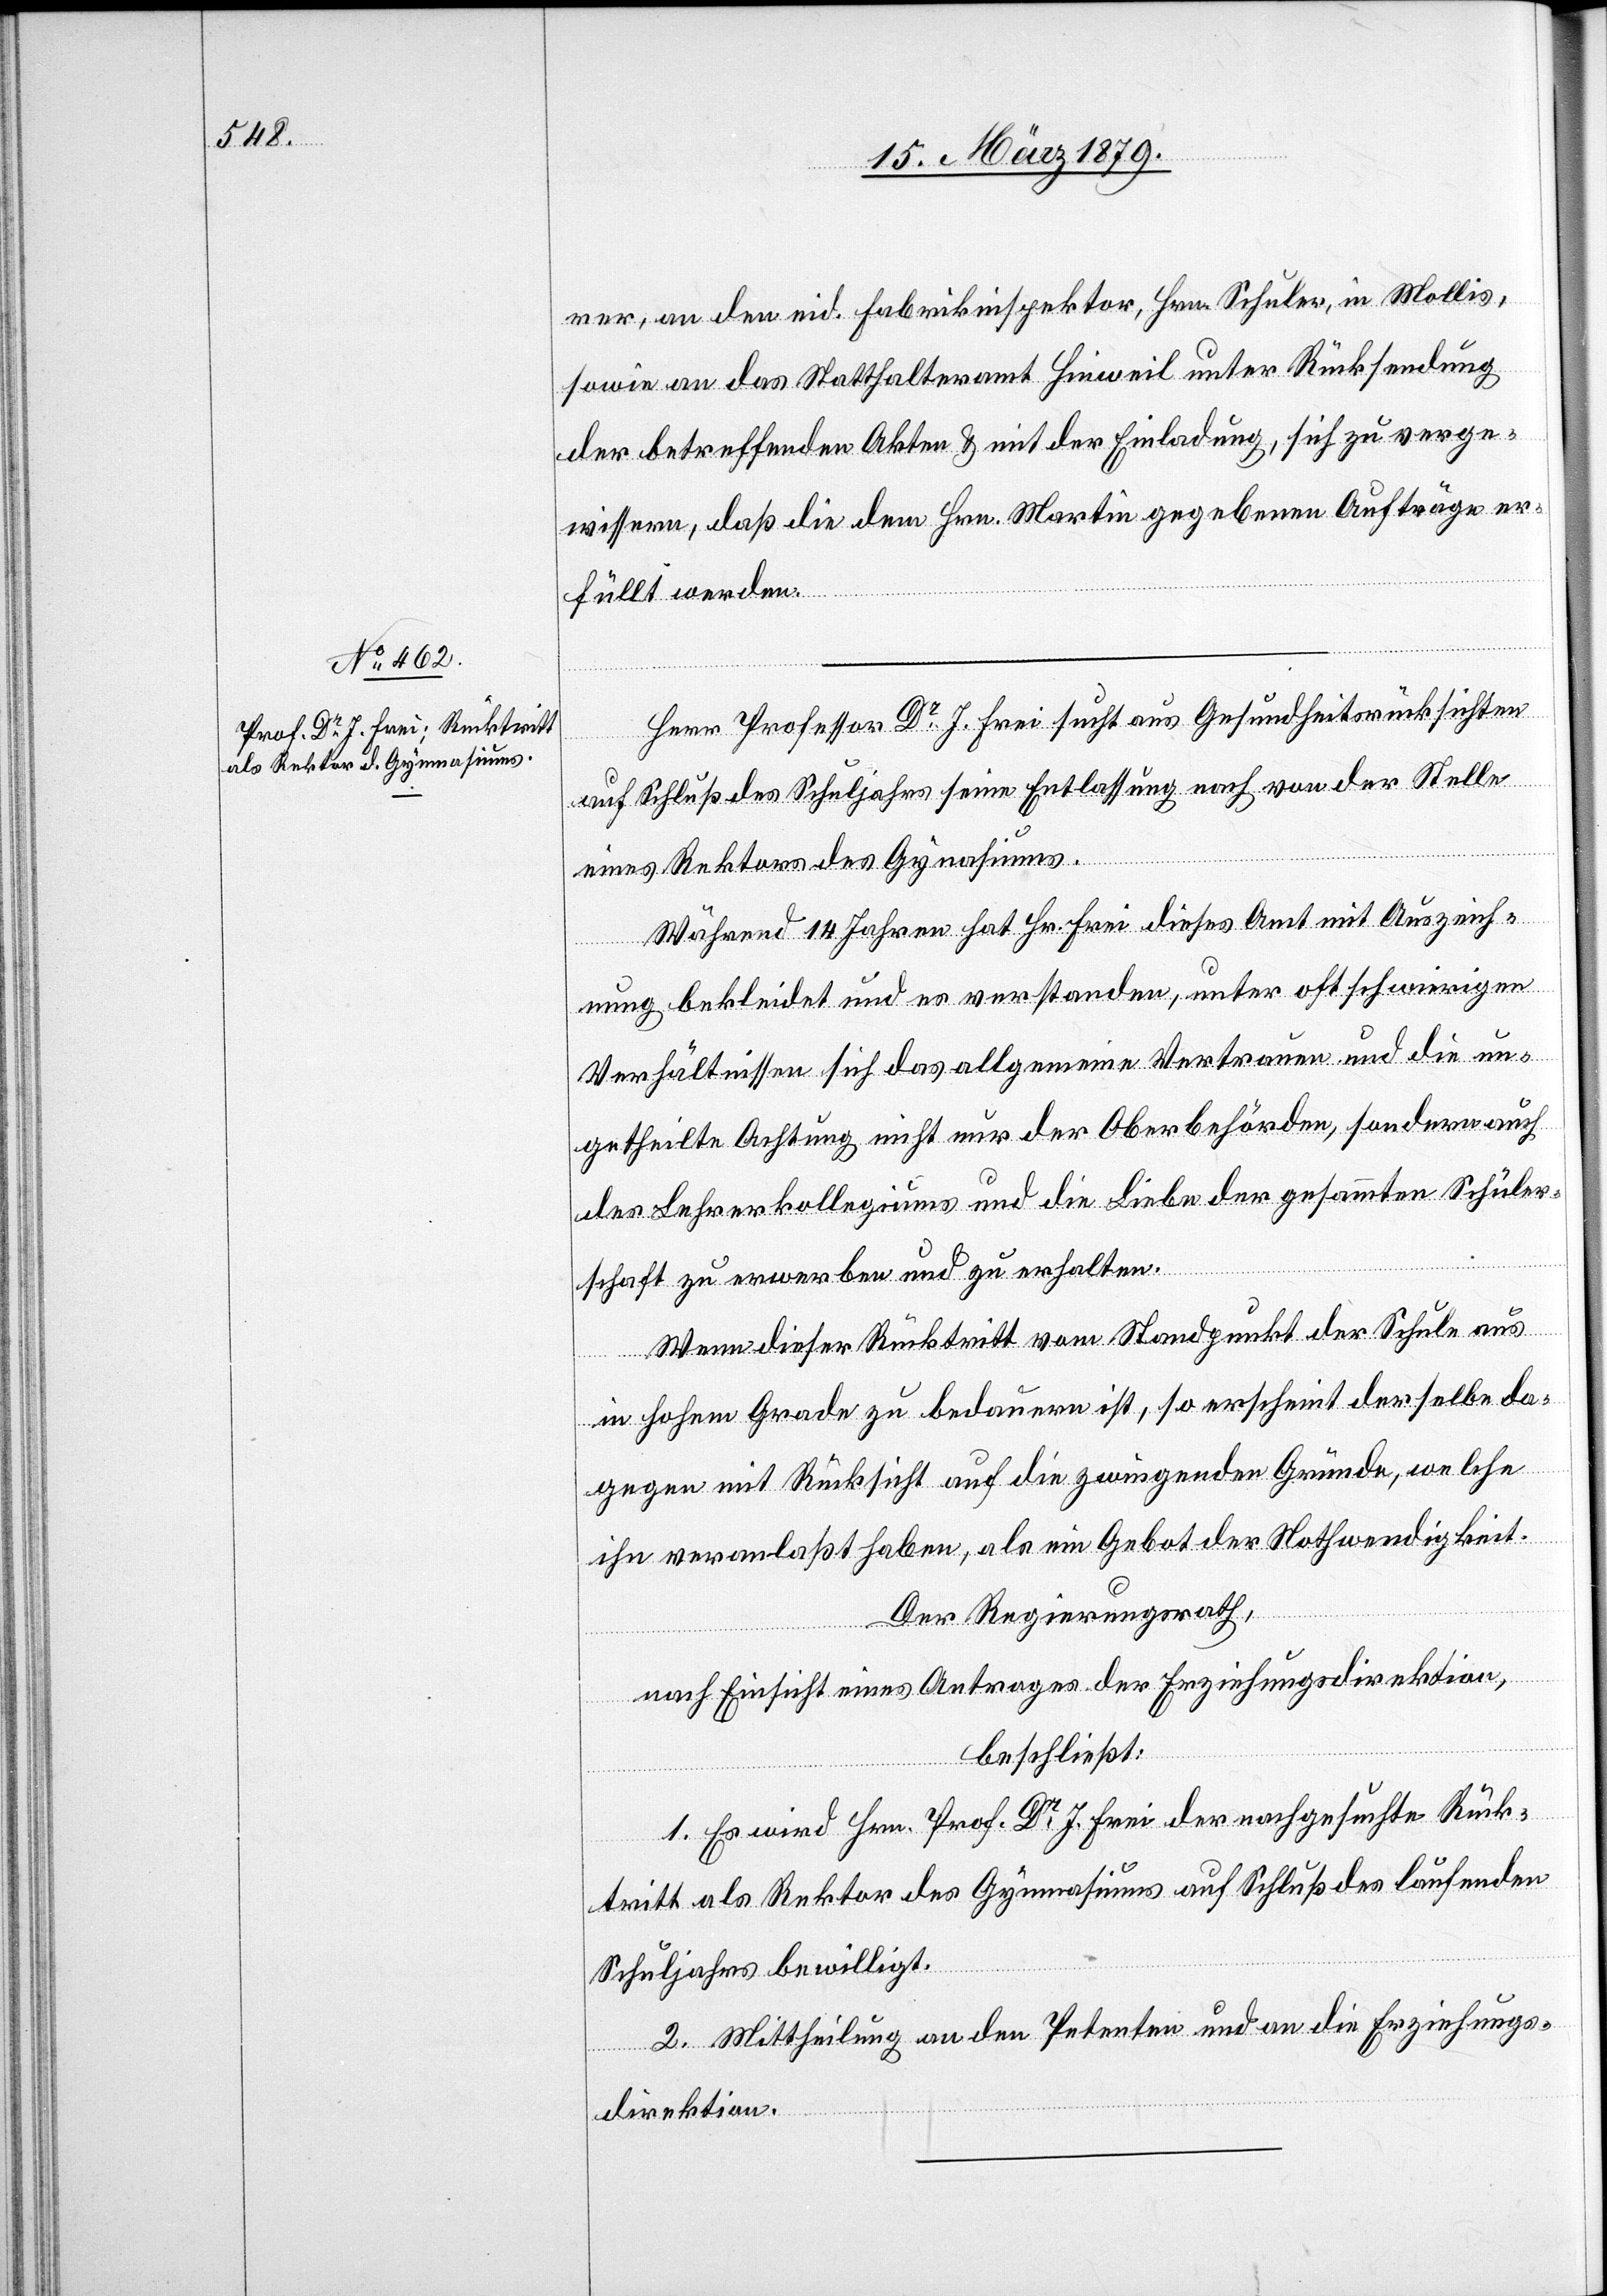
rer, an den eid. Fabrikinspektor, Hrn. Schuler in Mollis,
sowie an das Statthalteramt Hinweil unter Rücksendung
der betreffenden Akten & mit der Einladung, sich zu verge¬
wissern, daß die dem Hrn. Martin gegebenen Aufträge er¬
füllt werden.
Herr Professor Dr J. Frei sucht aus Gesundheitsrücksichten
auf Schluß des Schuljahrs seine Entlassung nach von der Stelle
eines Rektors des Gynasiums
Während 14 Jahren hat Hr. Frei dieses Amt mit Auszeich¬
nung bekleidet und es verstanden, unter oft schwierigen
Verhältnissen sich das allgemeine Vertrauen und die un¬
getheilte Achtung nicht nur der Oberbehörden, sondern auch
des Lehrerkollegiums und die Liebe der gesammten Schüler¬
schaft zur erwerben und zu erhalten.
Wenn dieser Rücktritt vom Standpunkt der Schule aus
in hohem Grade zu bedauern ist, so erscheint derselbe da¬
gegen mit Rücktritt auf die zwingenden Gründe, welche
ihn veranlaßt haben, als ein Gebot der Nothwendigkeit.
Der Regierungsrath,
nach Einsicht eines Antrages der Erziehungsdirektion,
beschließt:
1. Es wird Hrn. Prof. Dr J. Frei der nachgesuchte Rück¬
tritt als Rektor des Gymnasiums auf Schluß des laufenden
Schuljahres bewilligt.
2. Mittheilung an den Petenten und an die Erziehungs¬
direktion.